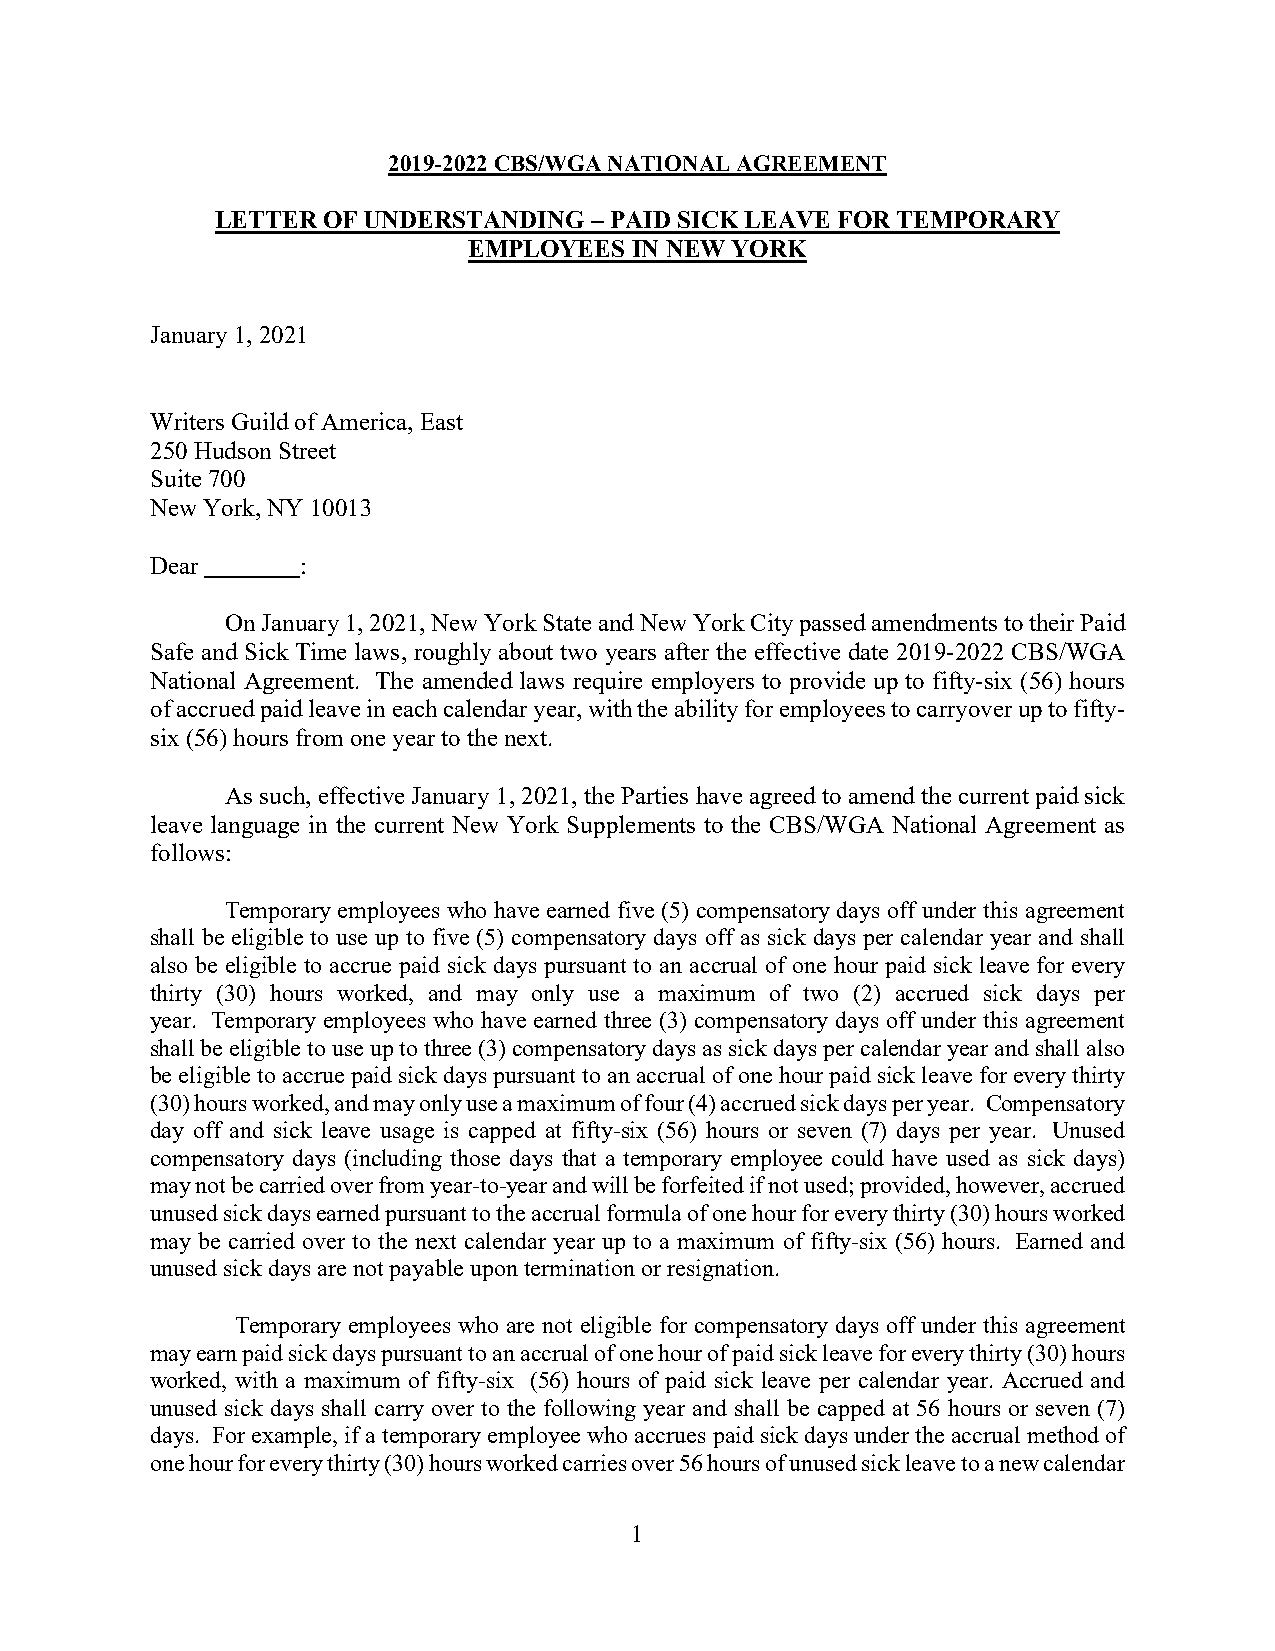
2019-2022 CBS/WGA NATIONAL AGREEMENT
 LETTER OF UNDERSTANDING  – PAID SICK LEAVE FOR TEMPORARY
 EMPLOYEES  IN NEW YORK
 January 1, 2021
 Writers Guild of America, East
 250 Hudson Street
 Suite 700
 New York, NY 10013
 Dear      :
 On January 1, 2021, New York State and New York City passed amendments to their Paid
 Safe and Sick Time laws, roughly about two years after the effective date 2019-2022 CBS/WGA
 National Agreement. The amended laws require employers to provide up to fifty-six (56) hours
 of accrued paid leave in each calendar year, with the ability for employees to carryover up to fifty-
 six (56) hours from one year to the next.
 As such, effective January 1, 2021, the Parties have agreed to amend the current paid sick
 leave language in the current New York Supplements to the CBS/WGA National Agreement as
 follows:
 Temporary employees who have earned five (5) compensatory days off under this agreement
 shall be eligible to use up to five (5) compensatory days off as sick days per calendar year and shall
 also be eligible to accrue paid sick days pursuant to an accrual of one hour paid sick leave for every
 thirty (30) hours worked, and may only use a maximum of two (2) accrued sick days per
 year. Temporary employees who have earned three (3) compensatory days off under this agreement
 shall be eligible to use up to three (3) compensatory days as sick days per calendar year and shall also
 be eligible to accrue paid sick days pursuant to an accrual of one hour paid sick leave for every thirty
 (30) hours worked, and may only use a maximum of four (4) accrued sick days per year. Compensatory
 day off and sick leave usage is capped at fifty-six (56) hours or seven (7) days per year. Unused
 compensatory days (including those days that a temporary employee could have used as sick days)
 may not be carried over from year-to-year and will be forfeited if not used; provided, however, accrued
 unused sick days earned pursuant to the accrual formula of one hour for every thirty (30) hours worked
 may be carried over to the next calendar year up to a maximum of fifty-six (56) hours. Earned and
 unused sick days are not payable upon termination or resignation.
 Temporary employees who are not eligible for compensatory days off under this agreement
 may earn paid sick days pursuant to an accrual of one hour of paid sick leave for every thirty (30) hours
 worked, with a maximum of fifty-six (56) hours of paid sick leave per calendar year. Accrued and
 unused sick days shall carry over to the following year and shall be capped at 56 hours or seven (7)
 days. For example, if a temporary employee who accrues paid sick days under the accrual method of
 one hour for every thirty (30) hours worked carries over 56 hours of unused sick leave to a new calendar
 1